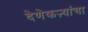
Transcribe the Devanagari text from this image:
देणेकऱ्यांचा